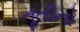
તૂતીનો